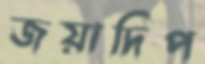
জয়াদিপ